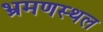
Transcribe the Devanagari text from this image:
भ्रमणस्‍थल